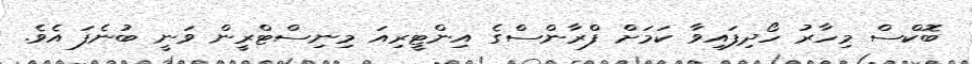
ބޮކްސް މިހާރު ހޯދިފައިވާ ކަމަށް ފްރާންސްގެ އިންޓީރިއަ މިނިސްޓްރީން ވަނީ ބުނެފަ އެވެ.